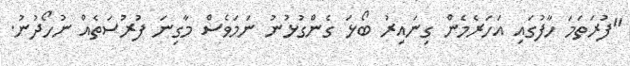
"ފުރަތަމަ ހާފުގައި އަހަރެމެން ގިނައިރު ބޯޅަ ގެންގުޅުނު ނަމަވެސް މާގިނަ ފުރުސަތެއް ނުހޯދުނު.